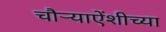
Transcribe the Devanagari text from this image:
चौऱ्याऐंशीच्या